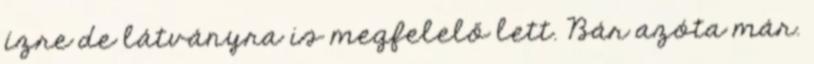
ízre de látványra is megfelelő lett. Bár azóta már.